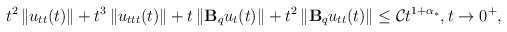
\begin{align*} t^2\left\|u_{tt}(t)\right\| + t^3\left\|u_{ttt}(t)\right\| + t\left\|\mathbf{B}_qu_t(t)\right\| + t^2 \left\|\mathbf{B}_qu_{tt}(t)\right\| \leq \mathcal{C} t^{1+ \alpha_{*}}, t\rightarrow 0^+, \end{align*}